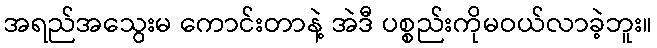
အရည်အသွေးမ ကောင်းတာနဲ့ အဲဒီ ပစ္စည်းကိုမဝယ်လာခဲ့ဘူး။